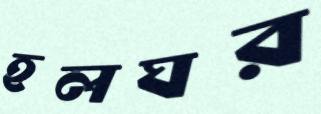
হলঘর